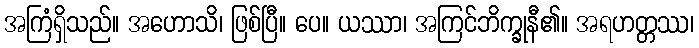
အကြံရှိသည်။ အဟောသိ၊ ဖြစ်ပြီ။ ပေ။ ယဿာ၊ အကြင်ဘိက္ခုနီ၏။ အရဟတ္တဿ၊